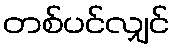
တစ်ပင်လျှင်